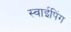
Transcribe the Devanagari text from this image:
स्वाईपिंग